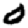
Digit: 0